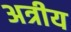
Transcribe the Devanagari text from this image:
अत्रीय